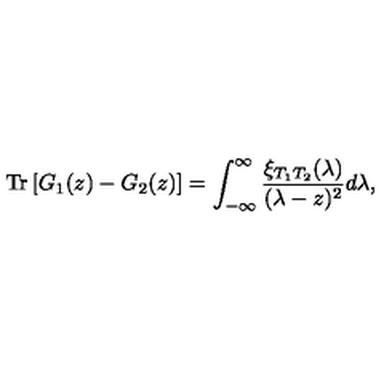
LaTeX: \mathrm { T r } \left[ G _ { 1 } ( z ) - G _ { 2 } ( z ) \right] = \int _ { - \infty } ^ { \infty } \frac { \xi _ { T _ { 1 } T _ { 2 } } ( \lambda ) } { ( \lambda - z ) ^ { 2 } } d \lambda ,